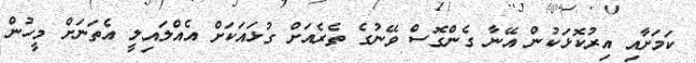
ކަމަށާއި އިރުކޮޅަކުން އޭނާ ގެންގޮސް ވޭނުގެ ތެރެއަށް ގުޅައަކަށް އެއްލައިލީ އެތަނަށް މީހުން